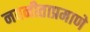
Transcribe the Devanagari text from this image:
नवनीताप्रमाणे